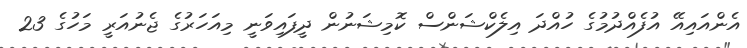
އެންއައިއޭ އުފެއްދުމުގެ ހުއްދަ އިލެކްޝަންސް ކޮމިޝަނުން ދީފައިވަނީ މިއަހަރުގެ ޖެނުއަރީ މަހުގެ 23